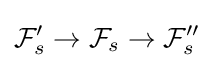
{\mathcal {F}}'_{s}\rightarrow {\mathcal {F}}_{s}\rightarrow {\mathcal {F}}''_{s}